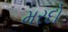
મરદો